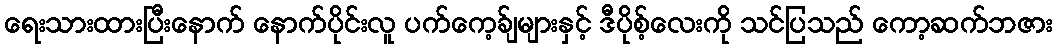
ရေးသားထားပြီးနောက် နောက်ပိုင်းလူ ပက်ကေ့ခ်ျများနှင့် ဒီပိုစ့်လေးကို သင်ပြသည် ကော့ဆက်ဘဇား